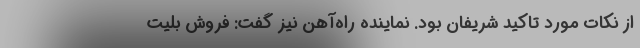
از نکات مورد تاکید شریفان بود. نماینده راه‌آهن نیز گفت: فروش بلیت